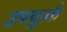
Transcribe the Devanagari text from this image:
उपयुर्त्क